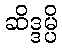
ဆိဒ္ဒမ္ပိ